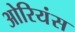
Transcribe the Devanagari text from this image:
ओरियंस